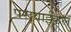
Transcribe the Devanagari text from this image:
परावाईकल